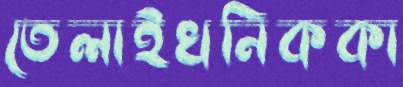
তেলাইখনিককা